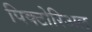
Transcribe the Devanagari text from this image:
पिक्टोरिअल